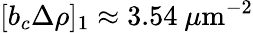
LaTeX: [b_{c}\Delta\rho]_{1}\approx 3.54~\mu\textrm{m}^{-2}